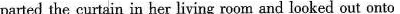
parted the curtain in her living room and leoked out onto